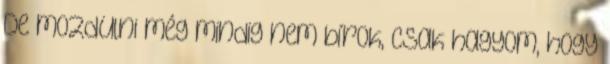
De mozdulni még mindig nem bírok, csak hagyom, hogy